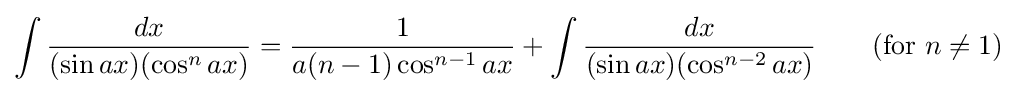
\int {\frac {dx}{(\sin ax)(\cos ^{n}ax)}}={\frac {1}{a(n-1)\cos ^{n-1}ax}}+\int {\frac {dx}{(\sin ax)(\cos ^{n-2}ax)}}\qquad {\mbox{(for }}n\neq 1{\mbox{)}}